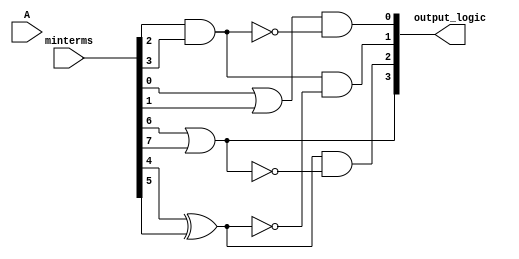
module prime_implicant(
    input wire [3:0] A,  // Example input vector for 4 variables
    input wire [15:0] minterms,  // Minterms as a binary vector (e.g., 16 bits for 4 variables)
    output wire [3:0] output_logic  // Output logic vector
);

// Internal signals
wire [3:0] prime_implicants;
wire [3:0] essential_implicants;

// Example logic for identifying prime implicants
// This is a placeholder for actual logic minimization
assign prime_implicants[0] = minterms[0] | minterms[1]; // Example logic
assign prime_implicants[1] = minterms[2] & minterms[3]; // Example logic
assign prime_implicants[2] = minterms[4] ^ minterms[5]; // Example logic
assign prime_implicants[3] = minterms[6] | minterms[7]; // Example logic

// Logic to determine essential prime implicants
assign essential_implicants[0] = prime_implicants[0] & ~prime_implicants[1]; // Example logic
assign essential_implicants[1] = prime_implicants[1] & ~prime_implicants[2]; // Example logic
assign essential_implicants[2] = prime_implicants[2] & ~prime_implicants[3]; // Example logic
assign essential_implicants[3] = prime_implicants[3];  // Last implicant as is

// Final output logic combining essential prime implicants
assign output_logic = essential_implicants;

// Simulation output for validation
initial begin
    $monitor("A = %b, minterms = %b, output = %b", A, minterms, output_logic);
end

endmodule